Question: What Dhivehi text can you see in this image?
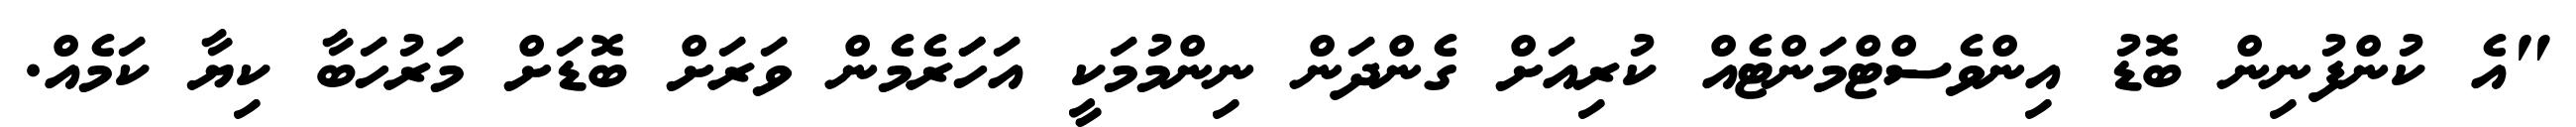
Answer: "އެ ކުންފުނިން ބޮޑު އިންވެސްޓްމަންޓެއް ކުރިއަށް ގެންދަން ނިންމުމަކީ އަހަަރެމެން ވަރަށް ބޮޑަށް މަރުހަބާ ކިޔާ ކަމެއް.